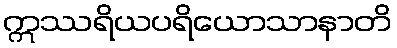
ဣဿရိယပရိယောသာနာတိ